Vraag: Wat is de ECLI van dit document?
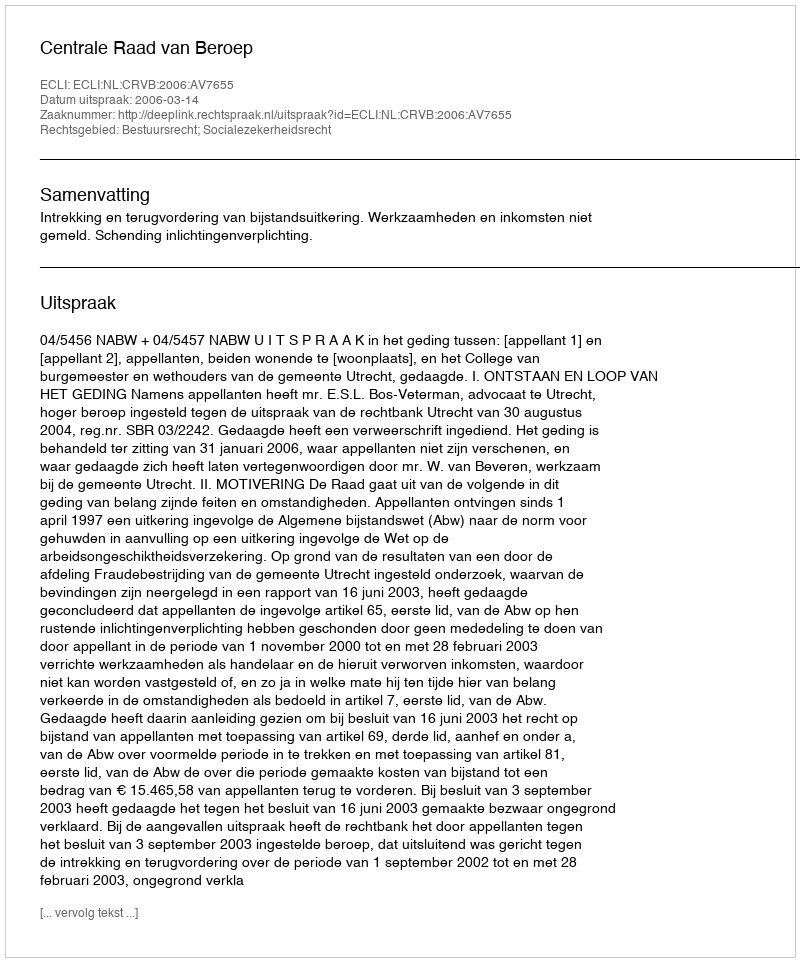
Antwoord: ECLI:NL:CRVB:2006:AV7655